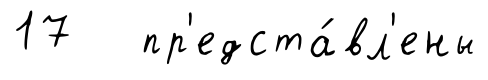
17 пр'едста́вл'ены